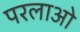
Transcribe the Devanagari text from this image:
परलाओ